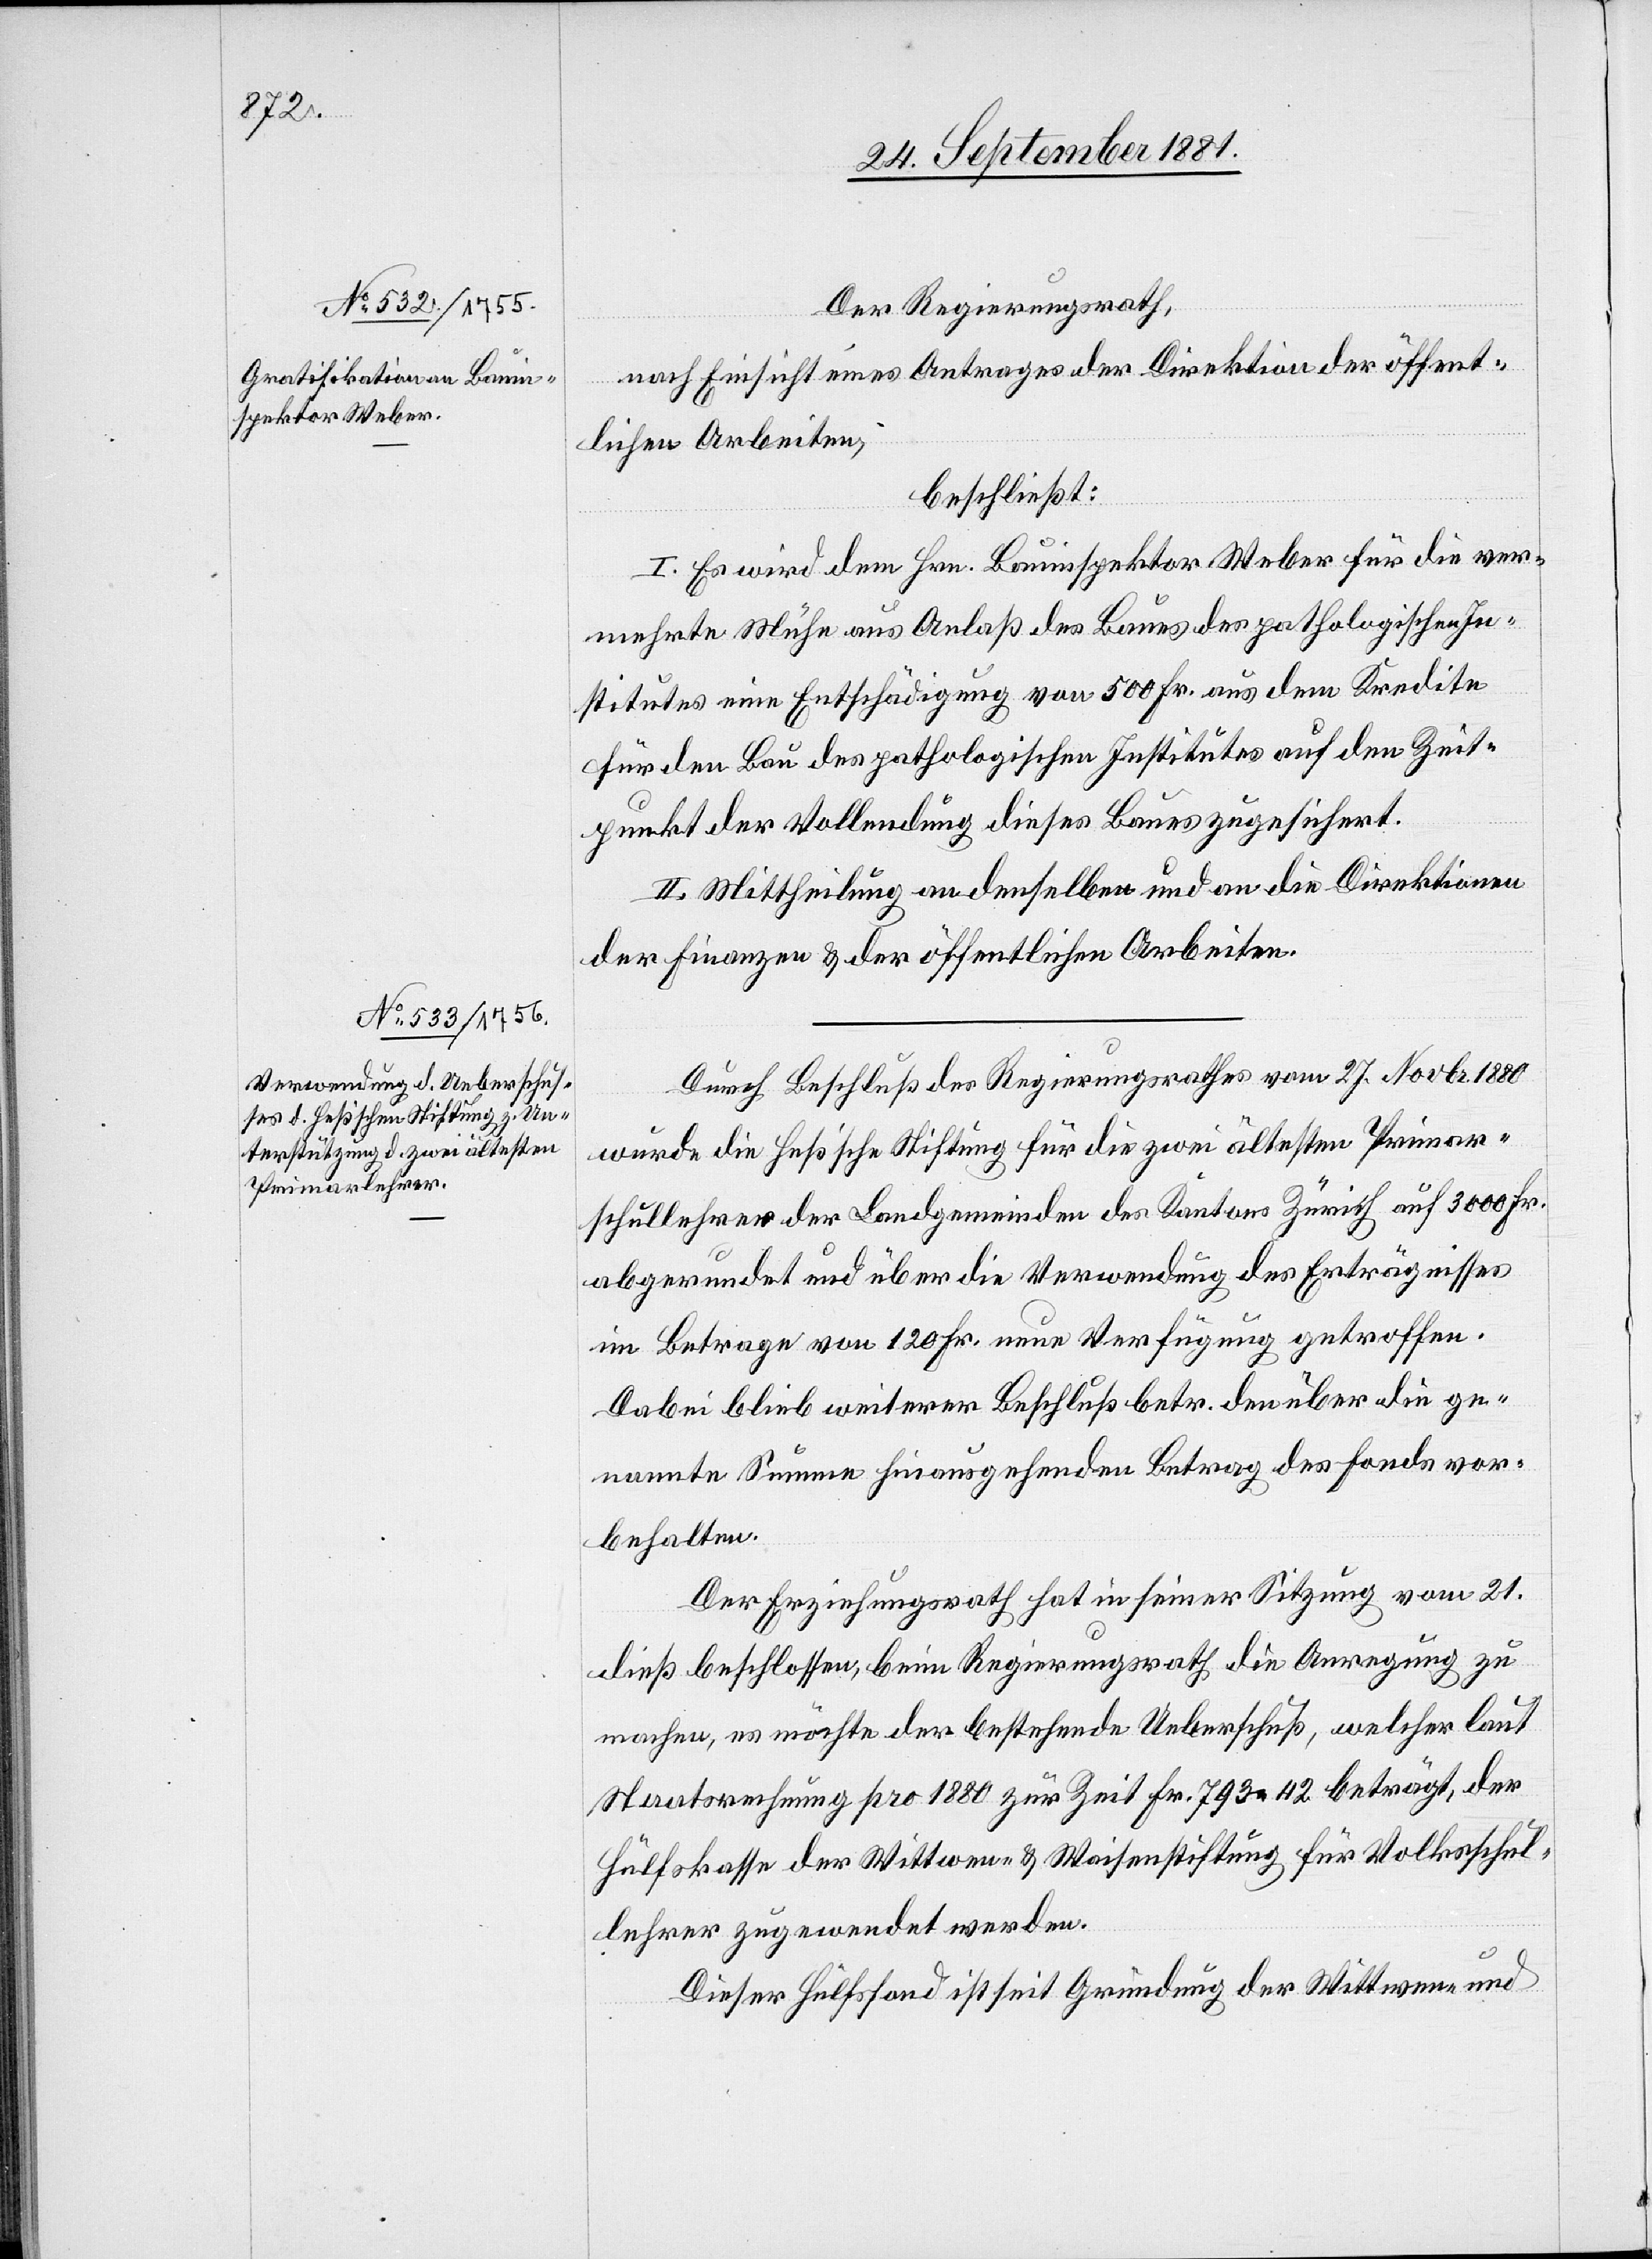
Der Regierungsrath,
nach Einsicht eines Antrages der Direktion der öffent¬
lichen Arbeiten,
beschließt:
I. Es wird dem Hrn. Bauinspektor Weber für die ver¬
mehrte Mühe aus Anlaß des Baues des pathologischen In¬
stitutes eine Entschädigung von 500 Fr. aus dem Kredite
für den Bau des pathologischen Institutes auf den Zeit¬
punkt der Vollendung dieses Baues zugesichert.
II. Mittheilung an denselben und an die Direktionen
der Finanzen & der öffentlichen Arbeiten.
Durch Beschluß des Regierungsrathes vom 27. Novbr. 1880
wurde die Huß’sche Stiftung für die zwei ältesten Primar¬
schullehrer der Landgemeinden des Kantons Zürich auf 3000 Fr.
abgerundet und über die Verwendung des Erträgnisses
im Betrage von 120 Fr. neue Verfügung getroffen.
Dabei blieb weiterer Beschluß betr. den über die ge¬
nannte Summe hinausgehenden Betrag des Fonds vor¬
behalten.
Der Erziehungsrat hat in seiner Sitzung vom 21.
dieß beschlossen, beim Regierungsrath die Anregung zu
machen, es möchte der bestehende Ueberschuß, welcher laut
Staatsrechnung pro 1880 zur Zeit Fr. 793 42 beträgt, der
Hülfskasse der Wittwen- & Waisenstiftung für Volksschul¬
lehrer zugewendet werden.
Dieser Hülfsfond ist seit Gründung der Wittwen- und